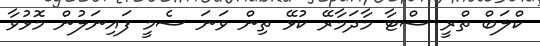
ކްލަބް ތްރީ ސްޓާ މާދަމާރޭ ކުޅޭ ތިން ވަނަ ސެމީ ފައިނަލުން މޮޅުވާ